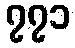
၇၇၁